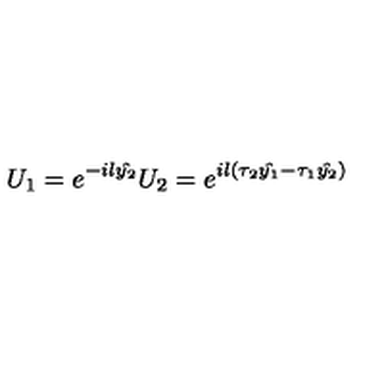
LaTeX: U _ { 1 } = e ^ { - i l \hat { y _ { 2 } } } U _ { 2 } = e ^ { i l ( \tau _ { 2 } \hat { y _ { 1 } } - \tau _ { 1 } \hat { y _ { 2 } } ) }